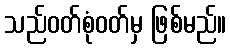
သည်ဝတ်စုံဝတ်မှ ဖြစ်မည်။